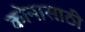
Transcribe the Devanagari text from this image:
कोनासाठी